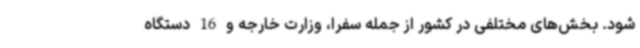
شود. بخش‌های مختلفی در کشور از جمله سفرا، وزارت خارجه و 16 دستگاه